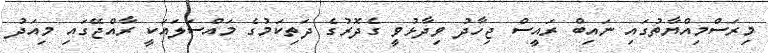
މިރަސްމިއްޔާތުގައި ނައިބް ރައީސް ޖިހާދު ވިދާޅުވީ ގެދޮރުގެ ދަތިކަމުގެ މައްސަލައަކީ ރާއްޖޭގައި މިއަދު